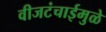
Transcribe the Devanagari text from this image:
वीजटंचाईमुळे